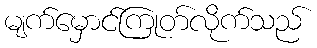
မျက်မှောင်ကြုတ်လိုက်သည်